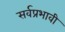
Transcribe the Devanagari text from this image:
सर्वप्रभावी